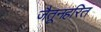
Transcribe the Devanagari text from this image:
जैतूनहरित